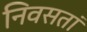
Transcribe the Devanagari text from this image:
निवसतां